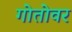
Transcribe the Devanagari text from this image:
गोतोवर